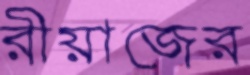
রীয়াজের